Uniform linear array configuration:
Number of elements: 4
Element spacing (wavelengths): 1
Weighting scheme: uniform
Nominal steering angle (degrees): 45
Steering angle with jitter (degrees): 45.883
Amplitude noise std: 0.05
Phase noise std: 0.05

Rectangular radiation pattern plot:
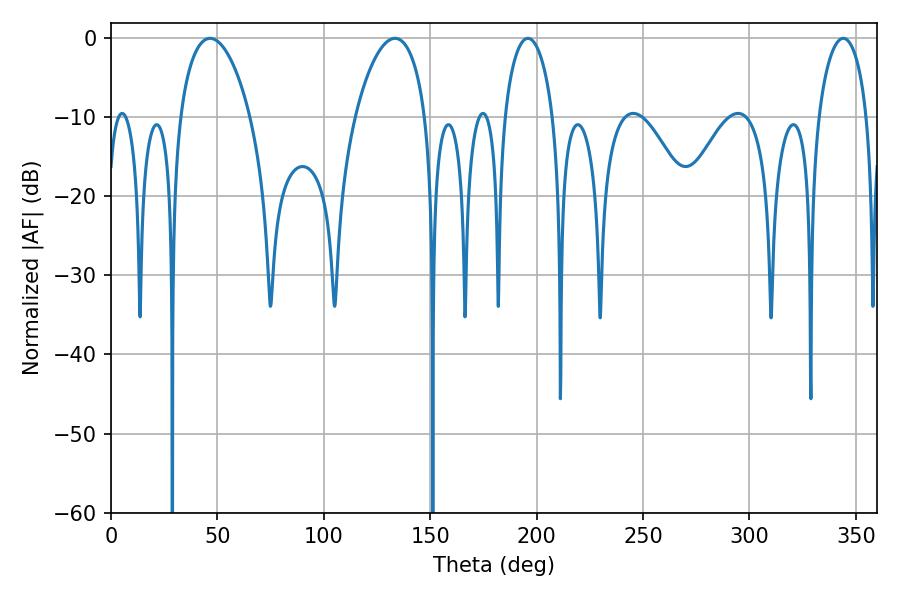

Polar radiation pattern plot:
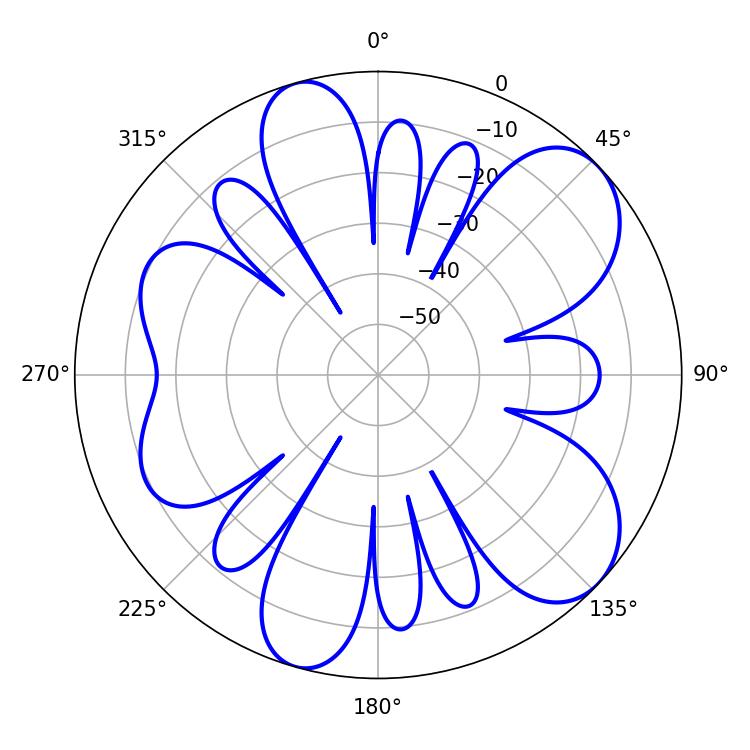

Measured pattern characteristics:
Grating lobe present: TRUE
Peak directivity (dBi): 8.318
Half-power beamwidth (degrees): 18.72
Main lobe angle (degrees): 46.62